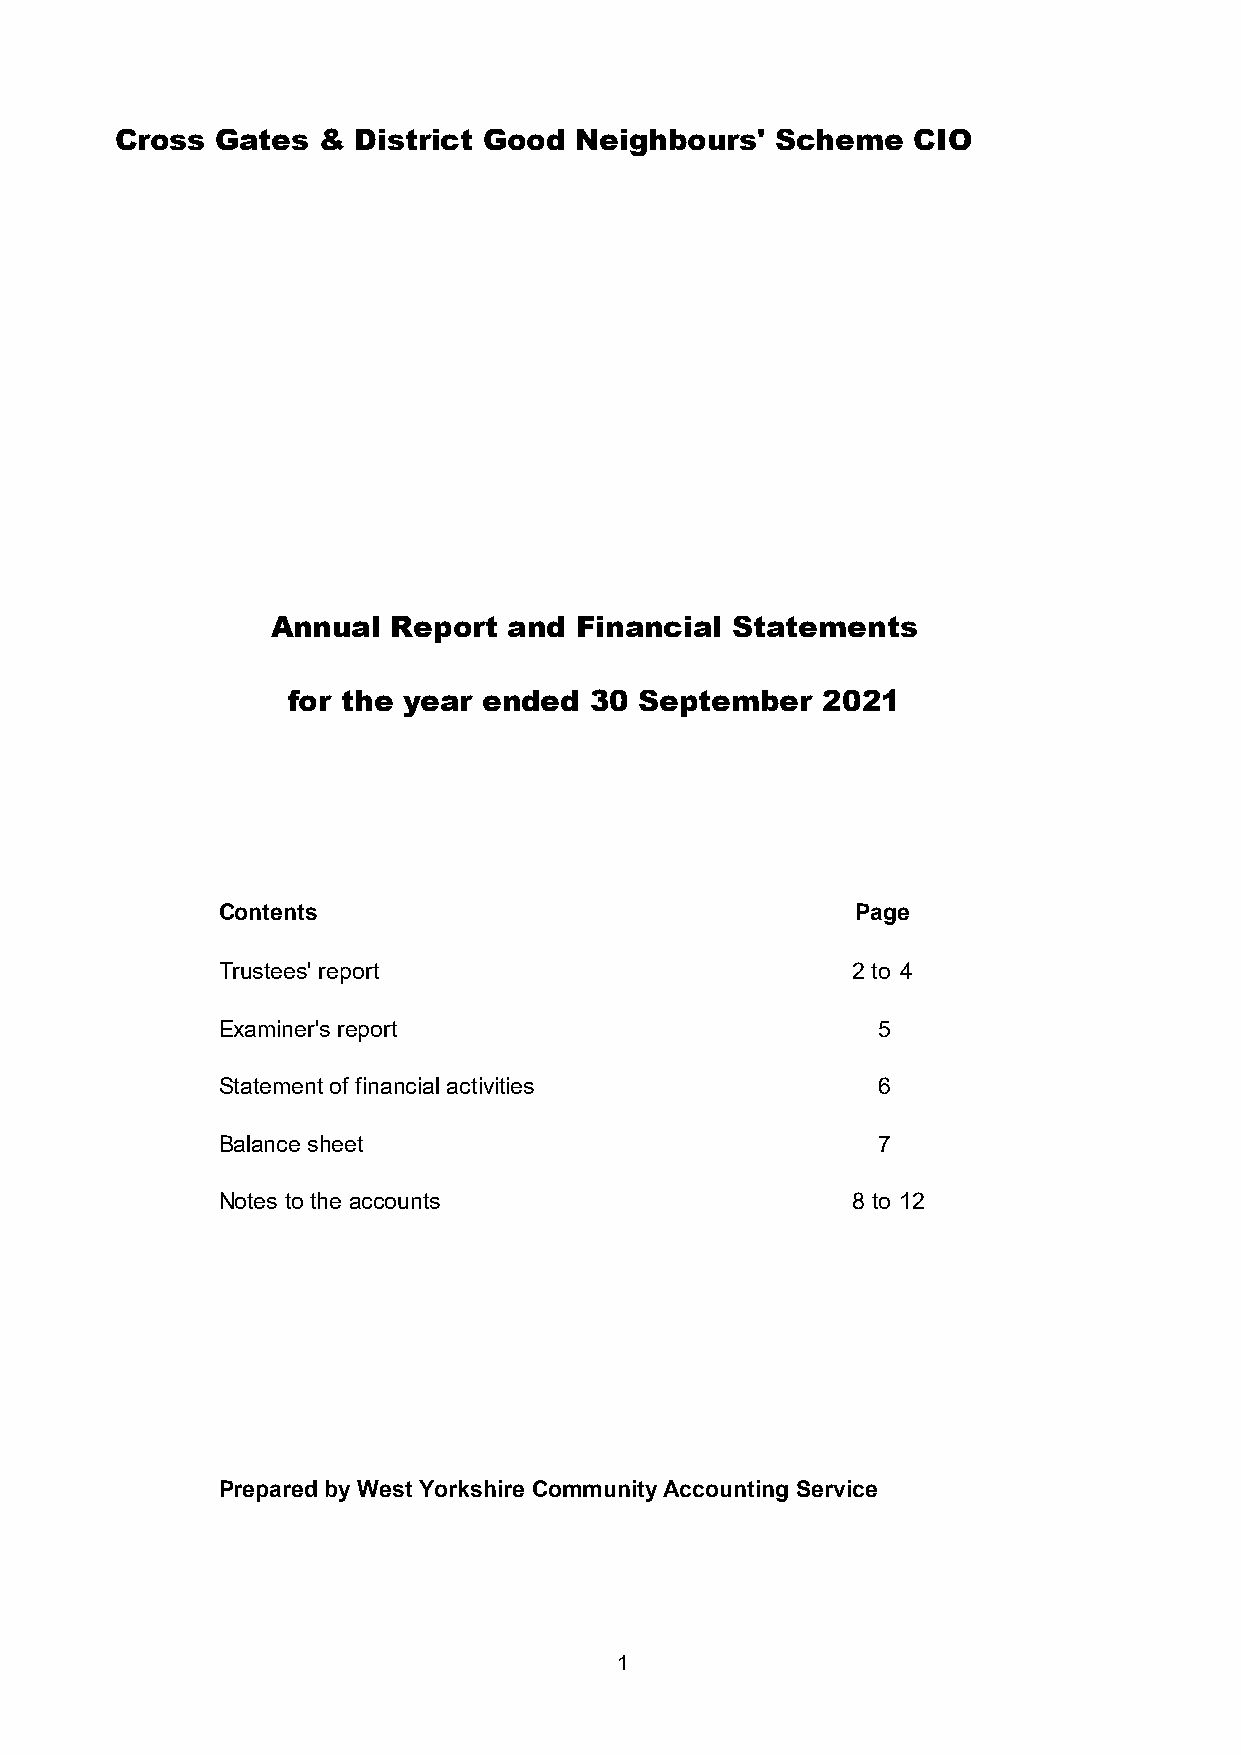
Cross Gates  &  District Good Neighbours'  Scheme   CIO
 Annual  Report  and Financial Statements
 for the year ended  30 September   2021
 Contents                                   Page
 Trustees' report                          2 to 4
 Examiner's report                           5
 Statement of financial activities           6
 Balance sheet                               7
 Notes to the accounts                     8 to 12
 Prepared by West Yorkshire Community Accounting Service
 1